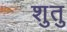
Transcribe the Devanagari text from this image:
शुतु